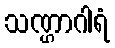
သဏ္ဌာဂါရံ